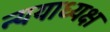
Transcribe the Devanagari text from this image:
न्ययाध्यक्ष